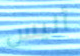
أليس